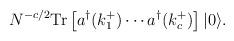
LaTeX: \begin{align*}N^{-c/2} {\rm Tr} \left[ a^{\dagger} (k_1^+) \cdots a^{\dagger} (k_c^+) \right] |0 \rangle.\end{align*}